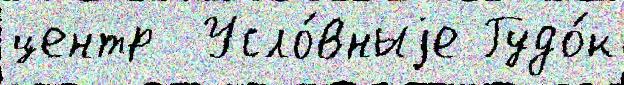
центр  Усло́вныjе Гудо́к